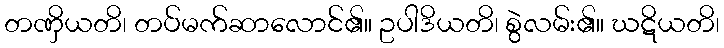
တဏှိယတိ၊ တပ်မက်ဆာလောင်၏။ ဥပါဒိယတိ၊ စွဲလမ်း၏။ ဃဋိယတိ၊